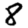
Digit: 8